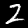
Digit: 2